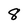
Character: 8